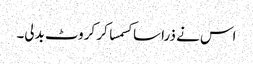
اس نے ذرا سا کسمسا کر کروٹ بدلی۔